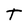
Character: t